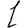
Digit: 1